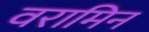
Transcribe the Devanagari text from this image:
वरामिन